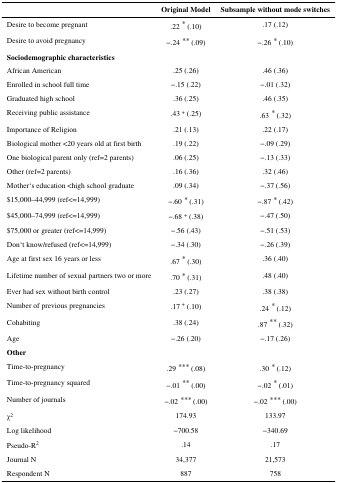
<table><thead><tr><td></td><td><b>Original Model</b></td><td><b>Subsample without mode switches</b></td></tr></thead><tbody><tr><td>Desire to become pregnant</td><td>.22 * (.10)</td><td>.17 (.12)</td></tr><tr><td>Desire to avoid pregnancy</td><td>−.24 ** (.09)</td><td>−.26 * (.10)</td></tr><tr><td colspan="3"><b>Sociodemographic characteristics</b></td></tr><tr><td>African American</td><td>.25 (.26)</td><td>.46 (.36)</td></tr><tr><td>Enrolled in school full time</td><td>−.15 (.22)</td><td>−.01 (.32)</td></tr><tr><td>Graduated high school</td><td>.36 (.25)</td><td>.46 (.35)</td></tr><tr><td>Receiving public assistance</td><td>.43 <sup>+</sup> (.25)</td><td>.63 * (.32)</td></tr><tr><td>Importance of Religion</td><td>.21 (.13)</td><td>.22 (.17)</td></tr><tr><td>Biological mother &lt;20 years old at first birth</td><td>.19 (.22)</td><td>−.09 (.29)</td></tr><tr><td>One biological parent only (ref=2 parents)</td><td>.06 (.25)</td><td>−.13 (.33)</td></tr><tr><td>Other (ref=2 parents)</td><td>.16 (.36)</td><td>.32 (.46)</td></tr><tr><td>Mother‘s education &lt;high school graduate</td><td>.09 (.34)</td><td>−.37 (.56)</td></tr><tr><td>$15,000–44,999 (ref&lt;=14,999)</td><td>−.60 * (.31)</td><td>−.87 * (.42)</td></tr><tr><td>$45,000–74,999 (ref&lt;=14,999)</td><td>−.68 <sup>+</sup> (.38)</td><td>−.47 (.50)</td></tr><tr><td>$75,000 or greater (ref&lt;=14,999)</td><td>−.56 (.43)</td><td>−.51 (.53)</td></tr><tr><td>Don‘t know/refused (ref&lt;=14,999)</td><td>−.34 (.30)</td><td>−.26 (.39)</td></tr><tr><td>Age at first sex 16 years or less</td><td>.67 * (.30)</td><td>.36 (.40)</td></tr><tr><td>Lifetime number of sexual partners two or more</td><td>.70 * (.31)</td><td>.48 (.40)</td></tr><tr><td>Ever had sex without birth control</td><td>.23 (.27)</td><td>.38 (.38)</td></tr><tr><td>Number of previous pregnancies</td><td>.17 <sup>+</sup> (.10)</td><td>.24 * (.12)</td></tr><tr><td>Cohabiting</td><td>.38 (.24)</td><td>.87 ** (.32)</td></tr><tr><td>Age</td><td>−.26 (.20)</td><td>−.17 (.26)</td></tr><tr><td colspan="3"><b>Other</b></td></tr><tr><td>Time-to-pregnancy</td><td>.29 *** (.08)</td><td>.30 * (.12)</td></tr><tr><td>Time-to-pregnancy squared</td><td>−.01 ** (.00)</td><td>−.02 * (.01)</td></tr><tr><td>Number of journals</td><td>−.02 *** (.00)</td><td>−.02 *** (.00)</td></tr><tr><td>χ<sup>2</sup></td><td>174.93</td><td>133.97</td></tr><tr><td>Log likelihood</td><td>−700.58</td><td>−340.69</td></tr><tr><td>Pseudo-R<sup>2</sup></td><td>.14</td><td>.17</td></tr><tr><td>Journal N</td><td>34,377</td><td>21,573</td></tr><tr><td>Respondent N</td><td>887</td><td>758</td></tr></tbody></table>